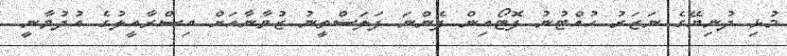
މުޅި ދުނިޔޭގެ ނަޒަރު ހުއްޓުނު ފޮޓޯއިން ފެންނަ ފަލަސްތީނު ޒުވާނާއަށް އިސްރާއީލުގެ އުދުވާނީ